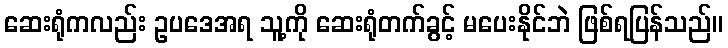
ဆေးရုံကလည်း ဥပဒေအရ သူ့ကို ဆေးရုံတက်ခွင့် မပေးနိုင်ဘဲ ဖြစ်ရပြန်သည်။